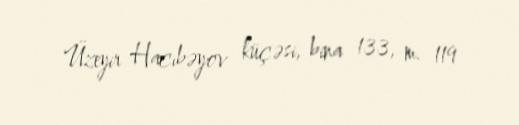
Üzeyir Hacıbəyov küçəsi, bina 133, m. 119